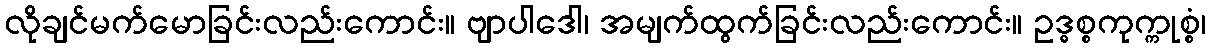
လိုချင်မက်မောခြင်းလည်းကောင်း။ ဗျာပါဒေါ၊ အမျက်ထွက်ခြင်းလည်းကောင်း။ ဥဒ္ဓစ္စကုက္ကုစ္စံ၊